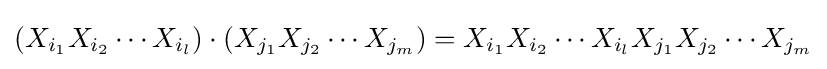
\left(X_{i_{1}}X_{i_{2}}\cdots X_{i_{l}}\right)\cdot \left(X_{j_{1}}X_{j_{2}}\cdots X_{j_{m}}\right)=X_{i_{1}}X_{i_{2}}\cdots X_{i_{l}}X_{j_{1}}X_{j_{2}}\cdots X_{j_{m}}